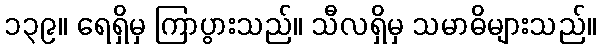
၁၃၉။ ရေရှိမှ ကြာပွားသည်။ သီလရှိမှ သမာဓိများသည်။